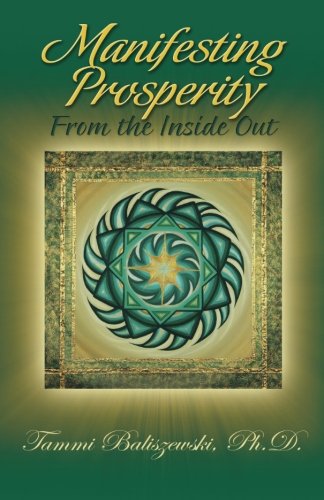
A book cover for Manifesting Prosperity From the Inside Out; Tammi J. Baliszewski Ph.D; Business & Money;